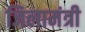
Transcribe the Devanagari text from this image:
जिलामंत्री